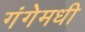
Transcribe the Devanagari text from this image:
गंगेमधी